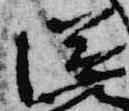
滋